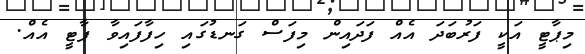
މިޕާޓީ އަކީ ފަރުބަދަ އެއް ފަދައިން މިފަސް ގަނޑުގައި ހިފާފައިވާ ޕާޓީ އެއް.